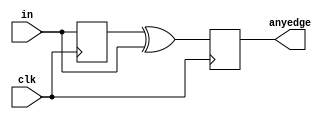
module top_module (
    input clk,
    input [7:0] in,
    output [7:0] anyedge
);
	reg [7:0]data;
	always @(posedge clk)begin
    	data <= in;
        anyedge <= data ^ in;
    end
endmodule